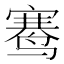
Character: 𬸣